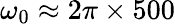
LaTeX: \omega_{0}\approx 2\pi\times 500